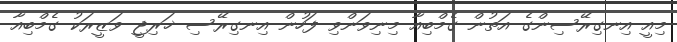
މިއީ އިނގިރޭސިންގެ އަތުން ގެމްބިއާ މިނިވަންވި ފަހުން އިނގިރޭސި ޚަރިޖީ ވަޒީރަކު ގެމްބިއާ